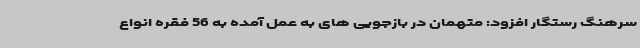
سرهنگ رستگار افزود: متهمان در بازجویی های به عمل آمده به 56 فقره انواع